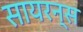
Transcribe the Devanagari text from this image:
सायरन्स